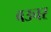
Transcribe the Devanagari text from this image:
बउचर